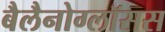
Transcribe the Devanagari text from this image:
बैलैनोग्लॉसस